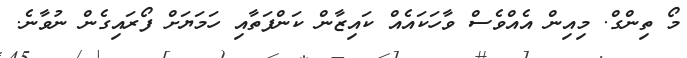
މޯ ތިންގް. މިއިން އެއްވެސް ވާހަކައެއް ކައިޒާން ކަންފަތާއި ހަމަޔަށް ފޯރައިގެން ނުވާނެ.